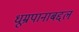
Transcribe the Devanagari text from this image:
धूम्रपानाबद्दल